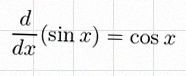
\frac{d}{dx}(\sin x)=\cos x